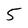
Character: 5